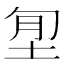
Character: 𡋜